system: You are a helpful assistant.
user:
Analyze the provided spectrum to determine if it is a **S-type Star**.

- **Key Indicators for S-type Star:**

    - **(Overall Spectrum Shape):** The first and most obvious characteristic is the overall continuum (the "baseline" shape). It is **extremely "red-sloping,"** meaning the flux (light intensity) is very low on the left side (blue, ~4000-4500 Å) and rises steeply and continuously toward the right side (red, ~7000 Å+).

    - **(Primary):** The spectrum is defined by the presence of strong, broad molecular absorption "valleys" (bands) from **Zirconium Oxide (ZrO)**. The identification of these bands is the **primary requirement** for classifying a star as S-type.
        - **(Key Bandheads):** You must find distinct, deep "dips" where the light has been absorbed. The most critical band systems to locate are:
            - **~6474 Å** ($\gamma$-system): This is often the strongest and clearest ZrO feature, found in the red part of the spectrum.
            - **~5718 Å** & **~5551 Å** ($\beta$-system): A pair of prominent absorption features in the yellow-orange part of the spectrum.
            - **~4640 Å** ($\alpha$-system): A key absorption band system in the blue-green region of the spectrum.

    - **(Secondary Confirmation):** The classification is strengthened by finding additional absorption bands from other related heavy element oxides, which are expected to be present alongside ZrO.
        - **(Key Bandheads):**
            - **Yttrium Oxide (YO):** Look for absorption dips near **~4800 Å** and **~6100 Å**.
            - **Lanthanum Oxide (LaO):** Additional absorption features, particularly in the red-orange part of the spectrum, are also characteristic.

    - **(Line Profile):** The combination of the steep red continuum and these numerous, deep molecular bands (ZrO, YO, etc.) gives the entire spectrum a very **"chopped-up"** or **"bumpy"** appearance. Instead of a smooth curve, the spectrum looks as though large, wide chunks of light have been "carved out" of it at the specific wavelengths listed above.

Think first, call **spectral_visualization_tool** if needed to examine features in detail, then provide your final answer. Your response must adhere to the following strict rules:
1.  **Overall Structure:** Your response must follow the format `<think>...</think> <tool_call>...</tool_call> (if a tool is used) <answer>...</answer>`.
2.  **Tool Usage Constraint:** You may only make **one** tool call per turn.
3.  **Final Answer Format:** In the `<answer>` tag, your conclusion must be inside a `\boxed{}` command (e.g., `\boxed{YES}` or `\boxed{NO}`), followed by your justification.

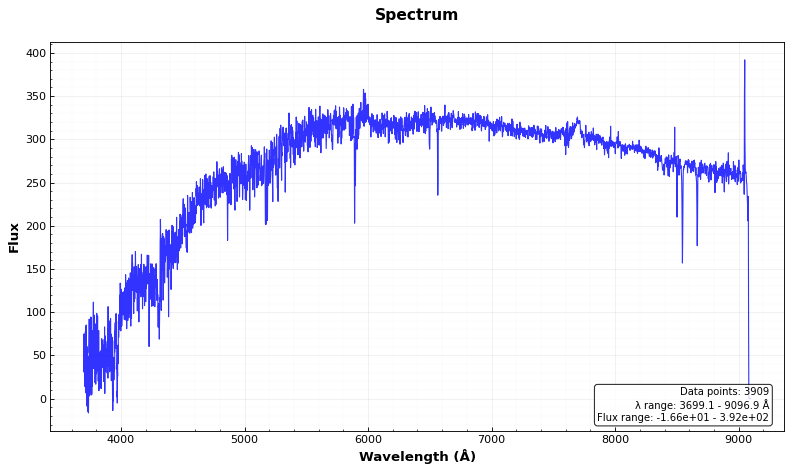
Answer: NO